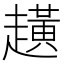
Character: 趪